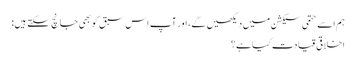
ہم اسے حتمی سیکشن میں دیکھیں گے، اور آپ اس سبق کو بھی جانچ سکتے ہیں:
اخلاقی قیادت کیا ہے؟